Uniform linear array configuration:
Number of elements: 48
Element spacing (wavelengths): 0.75
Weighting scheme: kaiser
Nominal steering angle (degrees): -15
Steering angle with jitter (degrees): -15.977
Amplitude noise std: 0.05
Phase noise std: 0.05

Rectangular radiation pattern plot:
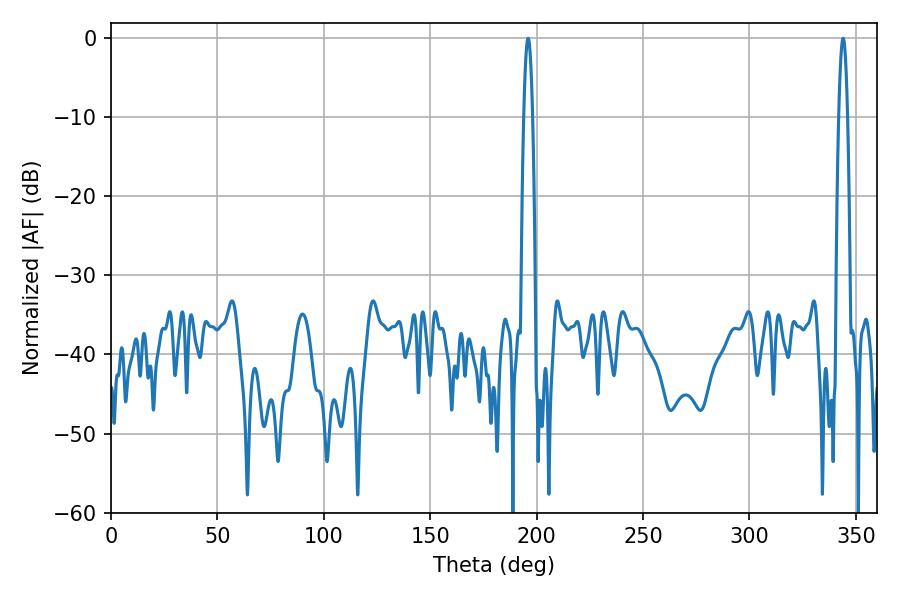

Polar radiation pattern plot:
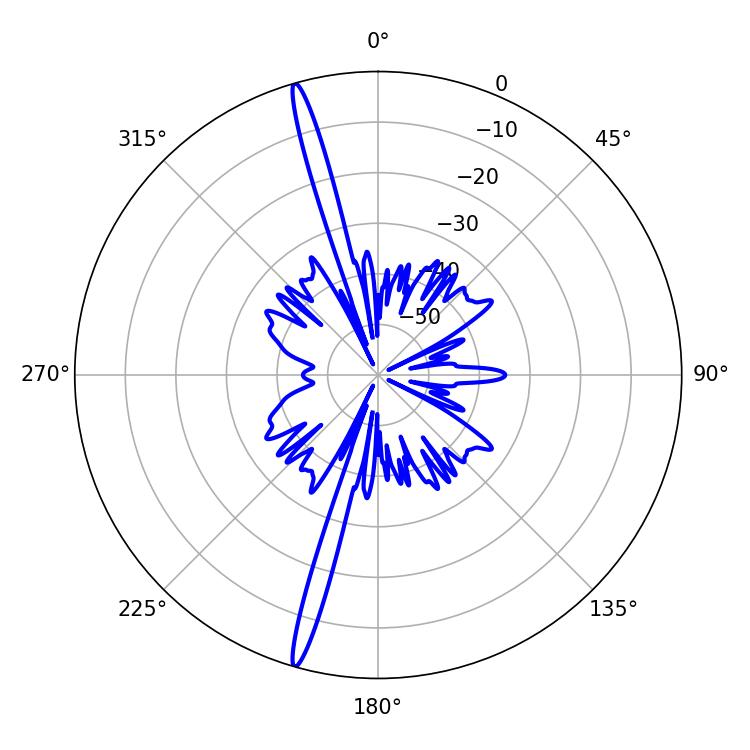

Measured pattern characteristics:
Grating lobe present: TRUE
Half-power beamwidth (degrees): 2.16
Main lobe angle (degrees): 343.98